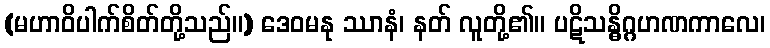
(မဟာဝိပါက်စိတ်တို့သည်။) ဒေဝမနု ဿာနံ၊ နတ် လူတို့၏။ ပဋိသန္ဓိဂ္ဂဟဏကာလေ၊